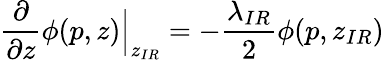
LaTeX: \frac{\partial}{\partial z}\phi(p,z)\Big|_{z_{IR}}=-\frac{\lambda_{IR}}2\phi(p,z_{IR})